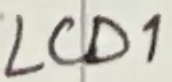
Text: LCD1